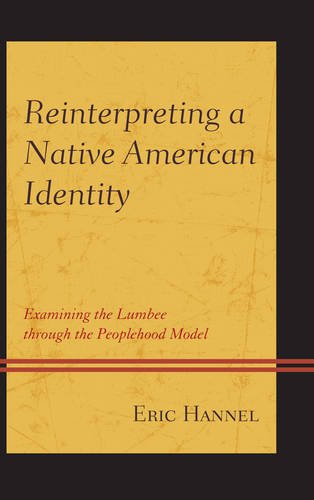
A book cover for Reinterpreting a Native American Identity: Examining the Lumbee through the Peoplehood Model; Eric Hannel; Law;